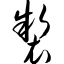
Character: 制